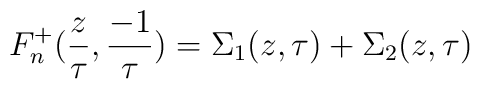
F_n^+({z\over \tau },{-1\over \tau })=\Sigma_1(z,\tau )+\Sigma_2(z,\tau )